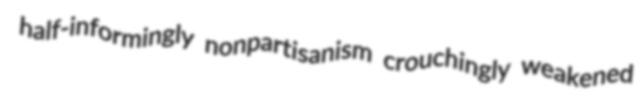
half-informingly nonpartisanism crouchingly weakened